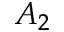
A _ { 2 }